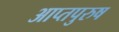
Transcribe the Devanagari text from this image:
आप्तपुरुष